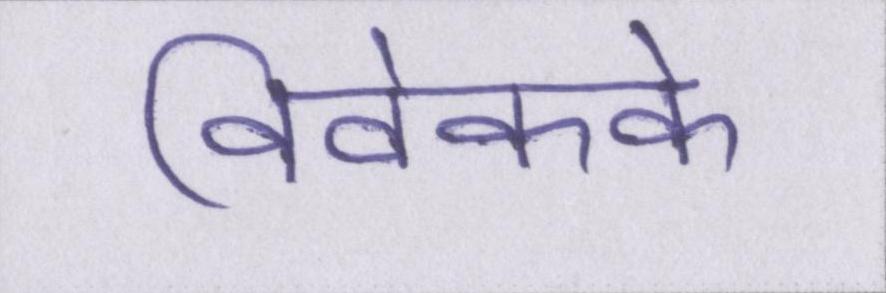
विवेकके